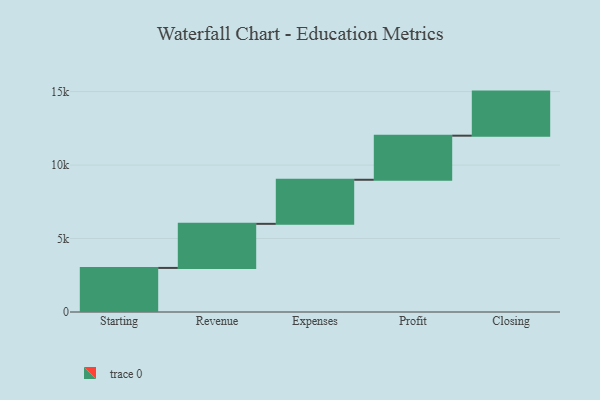
{"axis": {"x": "Step", "y": "Value"}, "legend": [""], "data": [{"x": "Starting", "y": 3000, "type": ""}, {"x": "Revenue", "y": 3000, "type": ""}, {"x": "Expenses", "y": 3000, "type": ""}, {"x": "Profit", "y": 3000, "type": ""}, {"x": "Closing", "y": 3000, "type": ""}]}